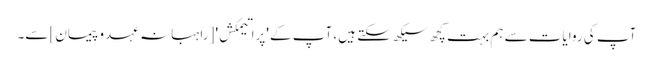
آپ کی روایات سے ہم بہت کچھ سیکھ سکتے ہیں، آپ کے 'پراتیمکش' [راہبانہ عہدو پیمان] سے۔